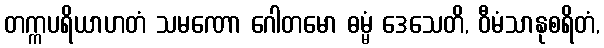
တက္ကပရိယာဟတံ သမဏော ဂေါတမော ဓမ္မံ ဒေသေတိ, ဝီမံသာနုစရိတံ,